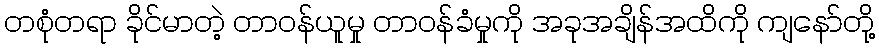
တစုံတရာ ခိုင်မာတဲ့ တာဝန်ယူမှု တာဝန်ခံမှုကို အခုအချိန်အထိကို ကျနော်တို့